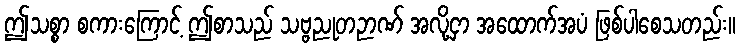
ဤသစ္စာ စကားကြောင့် ဤစာသည် သဗ္ဗညုတဉာဏ် အလို့ငှာ အထောက်အပံ ဖြစ်ပါစေသတည်း။